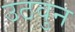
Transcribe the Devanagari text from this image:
उठवुन